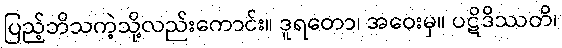
ပြည့်ဘိသကဲ့သို့လည်းကောင်း။ ဒူရတော၊ အဝေးမှ။ ပဋိဒိဿတိ၊